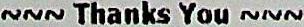
~~~ THANKS YOU ~~~